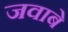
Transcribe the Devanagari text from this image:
जवाबे